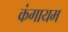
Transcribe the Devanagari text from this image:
कंगायम